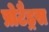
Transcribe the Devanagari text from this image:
प्रोटैड्रस